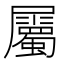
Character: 屬